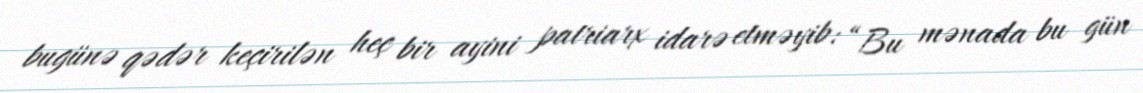
bugünə qədər keçirilən heç bir ayini patriarx idarə etməyib: “Bu mənada bu gün